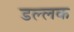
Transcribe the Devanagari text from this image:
डल्लक